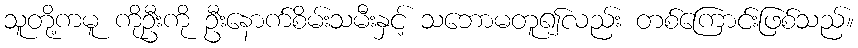
သူတို့ကမူ ကိုဦးကို ဦးနောက်စိမ်းသမီးနှင့် သဘောမတူ၍လည်း တစ်ကြောင်းဖြစ်သည်။